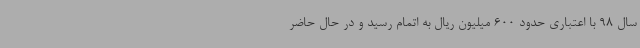
سال 98 با اعتباری حدود 600 میلیون ریال به اتمام رسید و در حال حاضر